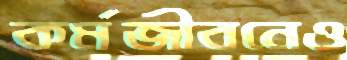
কর্মজীবনেও